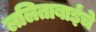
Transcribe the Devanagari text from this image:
ललिताबाईंचे